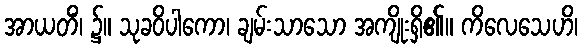
အာယတိံ၊ ၌။ သုခဝိပါကော၊ ချမ်းသာသော အကျိုးရှိ၏။ ကိလေသေဟိ၊